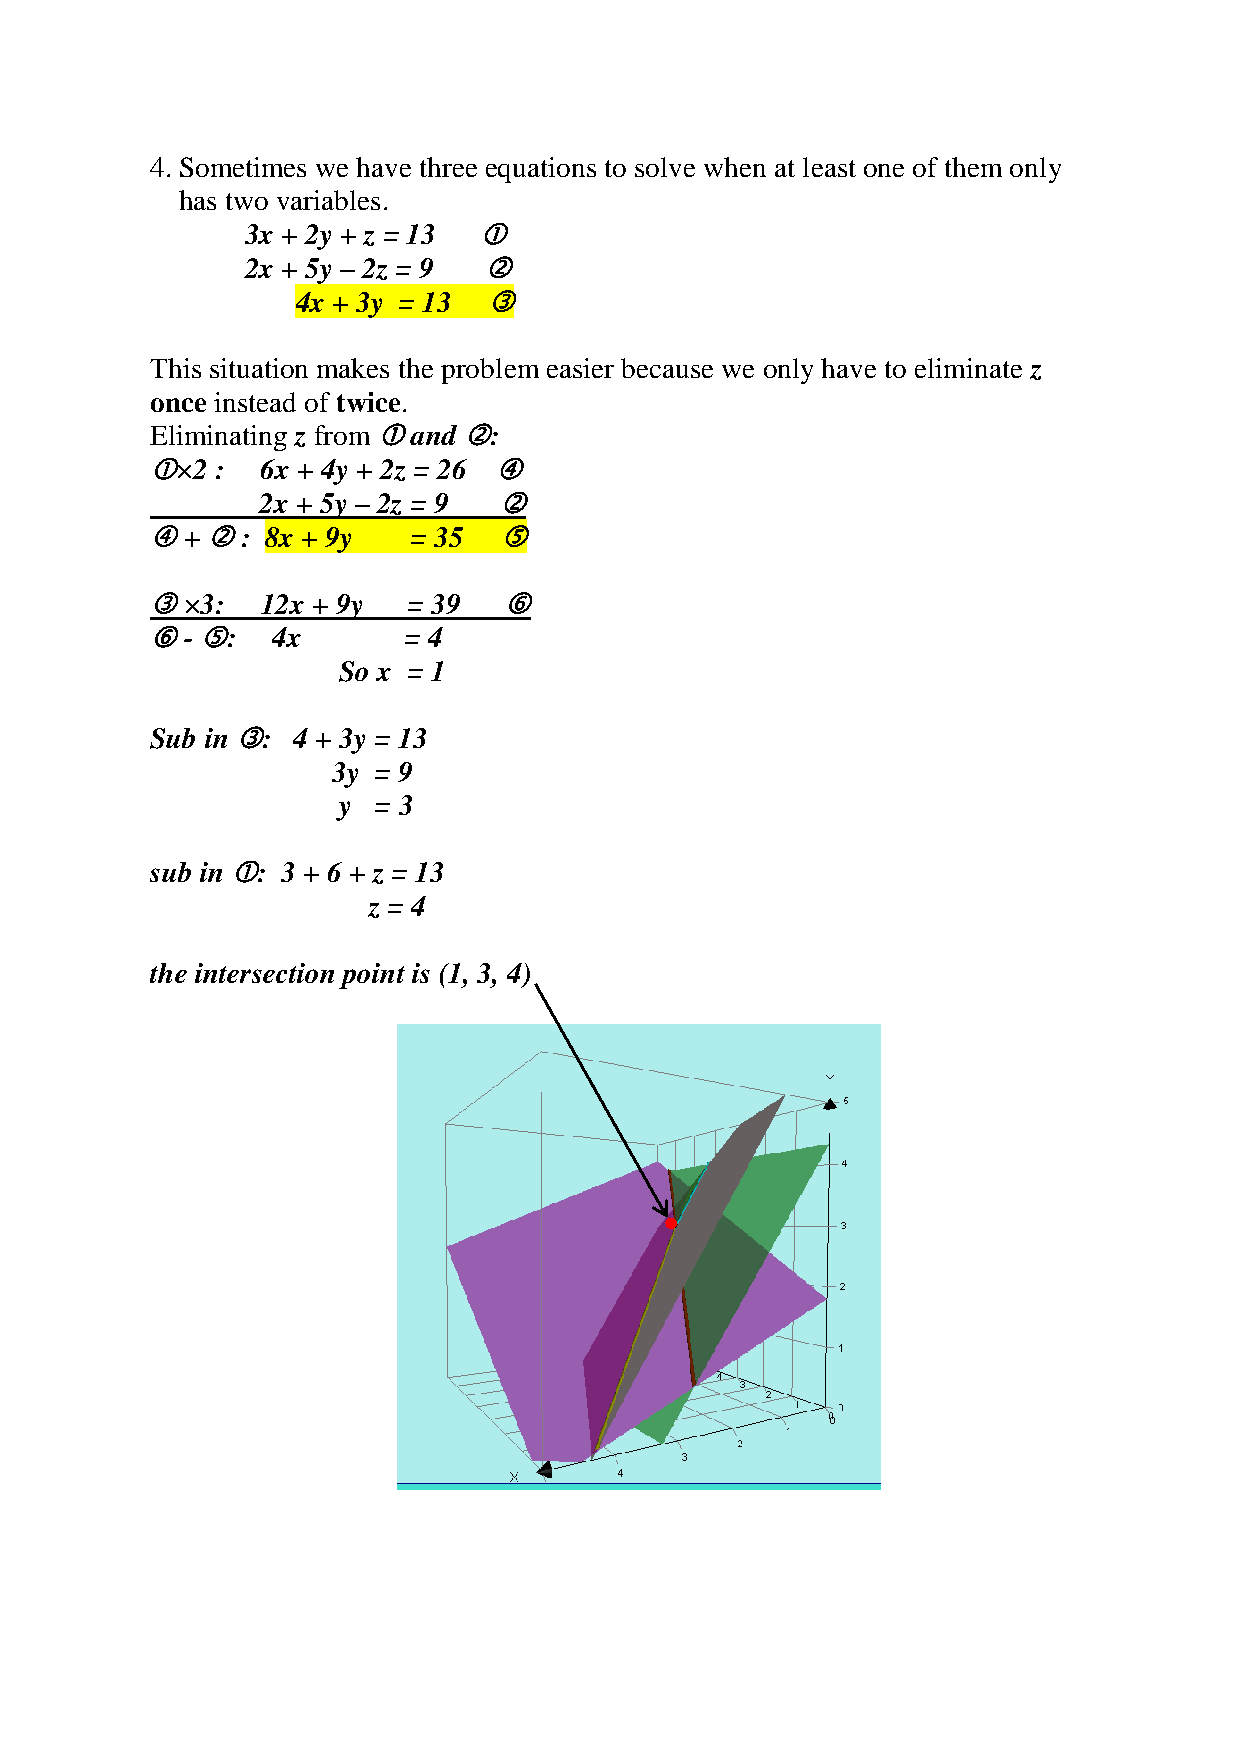
4. Sometimes we have three equations to solve when at least one of them only
 has two variables.
 3x + 2y + z = 13 
 2x + 5y – 2z = 9 
 4x + 3y = 13 
 This situation makes the problem easier because we only have to eliminate z
 once instead of twice.
 Eliminating z from  and :
 ×2 :  6x + 4y + 2z = 26 
 2x + 5y – 2z = 9 
  +  : 8x + 9y  = 35  
  ×3:  12x + 9y  = 39  
  - :  4x       = 4
 So x = 1
 Sub in : 4 + 3y = 13
 3y = 9
 y  = 3
 sub in : 3 + 6 + z = 13
 z = 4
 the intersection point is (1, 3, 4)